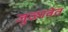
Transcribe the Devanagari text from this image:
जुळावेत